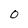
Character: O